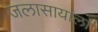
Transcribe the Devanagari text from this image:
जलासायाला